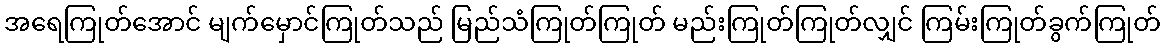
အရေကြုတ်အောင် မျက်မှောင်ကြုတ်သည် မြည်သံကြုတ်ကြုတ် မည်းကြုတ်ကြုတ်လျှင် ကြမ်းကြုတ်ခွက်ကြုတ်